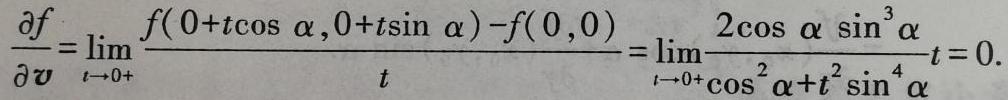
\[
\frac{\partial f}{\partial \boldsymbol{v}}=\lim _{t \rightarrow 0^{+}} \frac{f(0+t \cos \alpha, 0+t \sin \alpha)-f(0,0)}{t}=\lim _{t \rightarrow 0^{+}} \frac{2 \cos \alpha \sin ^{3} \alpha}{\cos ^{2} \alpha+t^{2} \sin ^{4} \alpha} t = 0.
\]